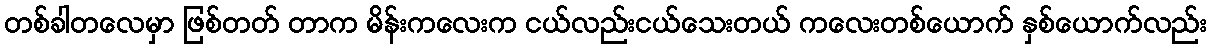
တစ်ခါတလေမှာ ဖြစ်တတ် တာက မိန်းကလေးက ငယ်လည်းငယ်သေးတယ် ကလေးတစ်ယောက် နှစ်ယောက်လည်း